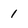
Character: 1